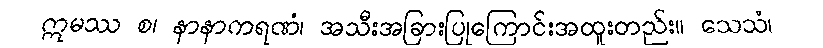
ဣမဿ စ၊ နာနာကရဏံ၊ အသီးအခြားပြုကြောင်းအထူးတည်း။ သေသံ၊